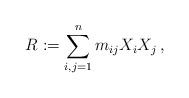
LaTeX: \begin{align*}R := \sum_{i,j=1}^n m_{ij} X_iX_j\,,\end{align*}